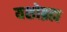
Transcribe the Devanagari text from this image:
यशोब्रह्म